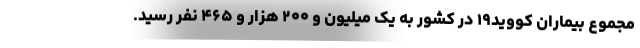
مجموع بیماران کووید۱۹ در کشور به یک میلیون و ۲۰۰ هزار و ۴۶۵ نفر رسید.